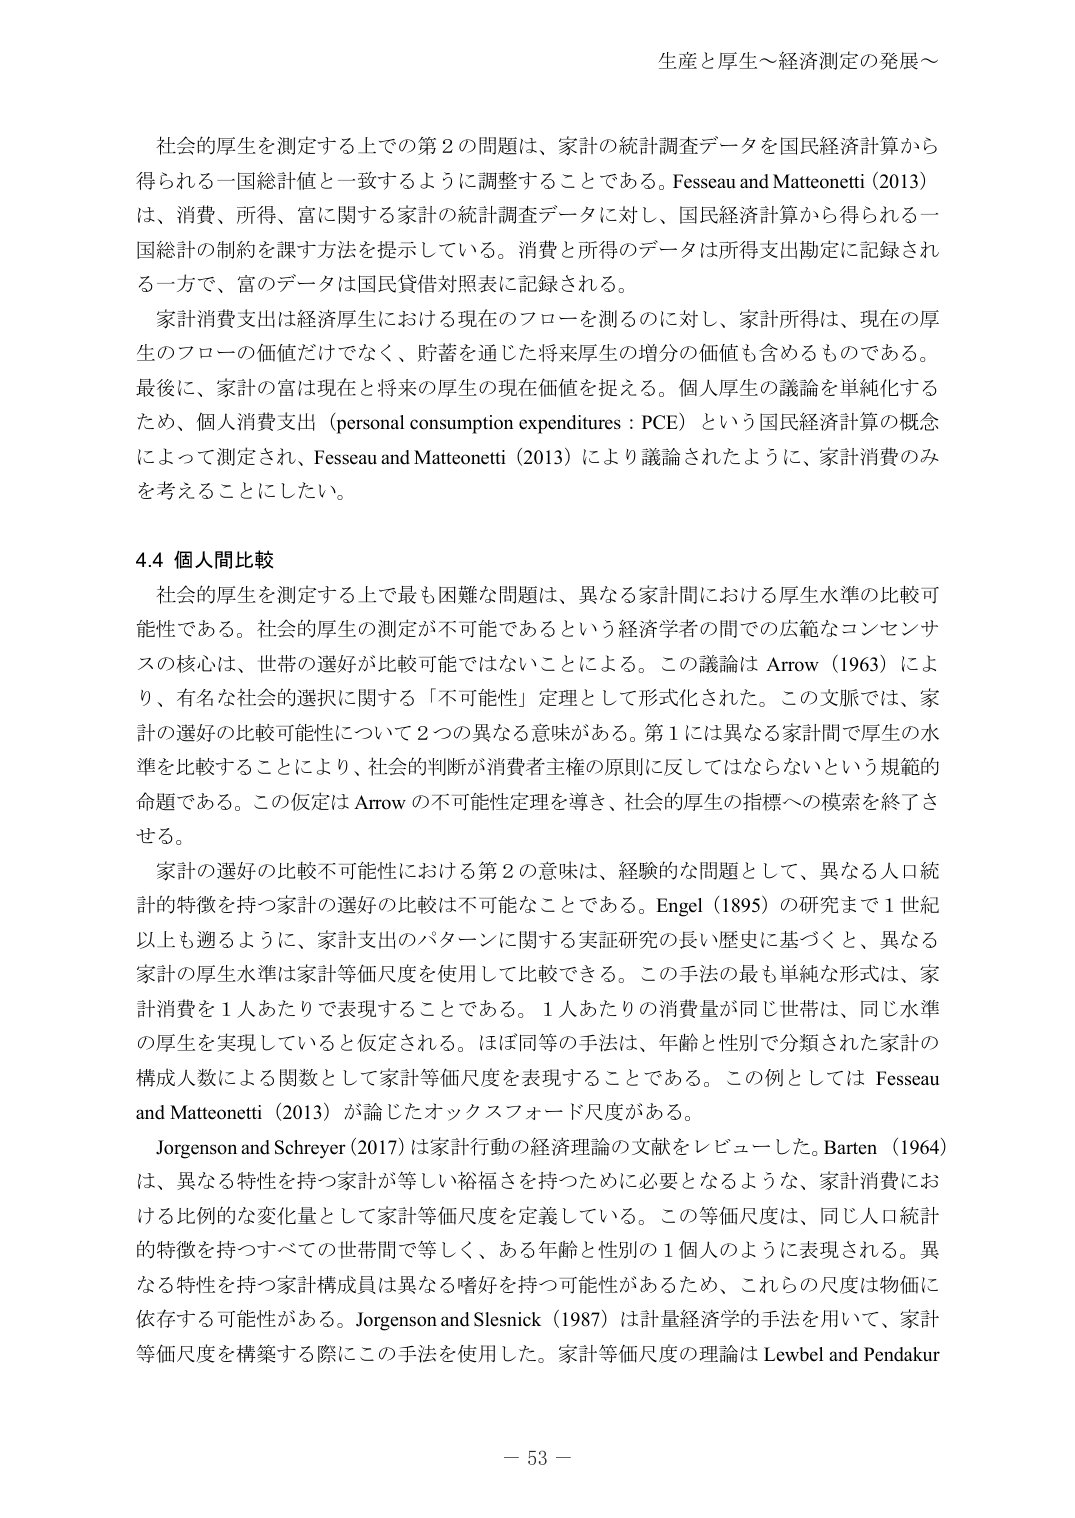
生産と厚生～経済測定の発展～

社会的厚生を測定する上での第２の問題は、家計の統計調査データを国民経済計算から得られる一国総計値と一致するように調整することである。Fesseau and Matteonetti (2013) は、消費、所得、富に関する家計の統計調査データに対し、国民経済計算から得られる一国総計の制約を課す方法を提示している。消費と所得のデータは所得支出勘定に記録される一方で、富のデータは国民貸借対照表に記録される。

家計消費支出は経済厚生における現在のフローを測るのに対し、家計所得は、現在の厚生のフローの価値だけでなく、貯蓄を通じた将来厚生の増分の価値も含めるものである。最後に、家計の富は現在と将来の厚生の現在価値を捉える。個人厚生の議論を単純化するため、個人消費支出（personal consumption expenditures : PCE）という国民経済計算の概念によって測定され、Fesseau and Matteonetti (2013) により議論されたように、家計消費のみを考えることにしたい。

4.4 個人間比較

社会的厚生を測定する上で最も困難な問題は、異なる家計間における厚生水準の比較可能性である。社会的厚生の測定が不可能であるという経済学者の間での広範なコンセンサスの核心は、世帯の選好が比較可能ではないことによる。この議論は Arrow (1963) により、有名な社会的選択に関する「不可能性」定理として形式化された。この文脈では、家計の選好の比較可能性について２つの異なる意味がある。第１には異なる家計間で厚生の水準を比較することにより、社会的判断が消費者主権の原則に反してはならないという規範的命題である。この仮定は Arrow の不可能性定理を導き、社会的厚生の指標への模索を終了させる。

家計の選好の比較不可能性における第２の意味は、経験的な問題として、異なる人口統計的特徴を持つ家計の選好の比較は不可能なことである。Engel (1895) の研究まで１世紀以上も遡るように、家計支出のパターンに関する実証研究の長い歴史に基づくと、異なる家計の厚生水準は家計等価尺度を使用して比較できる。この手法の最も単純な形式は、家計消費を１人あたりで表現することである。１人あたりの消費量が同じ世帯は、同じ水準の厚生を実現していると仮定される。ほぼ同等の手法は、年齢と性別で分類された家計の構成人数による関数として家計等価尺度を表現することである。この例としては Fesseau and Matteonetti (2013) が論じたオックスフォード尺度がある。

Jorgenson and Schreyer (2017) は家計行動の経済理論の文献をレビューした。Barten (1964) は、異なる特性を持つ家計が等しい裕福さを持ったために必要となるような、家計消費における比例的な変化量として家計等価尺度を定義している。この等価尺度は、同じ人口統計的特徴を持つすべての世帯間で等しく、ある年齢と性別の１個人のように表現される。異なる特性を持つ家計構成員は異なる嗜好を持つ可能性があるため、これらの尺度は物価に依存する可能性がある。Jorgenson and Slesnick (1987) は計量経済学的手法を用いて、家計等価尺度を構築する際にこの手法を使用した。家計等価尺度の理論は Lewbel and Pendakur

－ 53 －